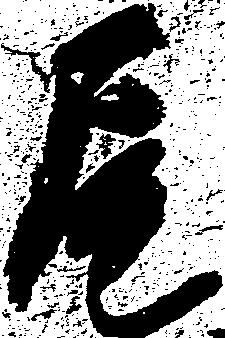
尾